system: You are a helpful assistant.
user:
Analyze the provided spectrum to determine if it is a **Carbon Star (C-type)**.

- **Key Visual Indicators of Carbon Star:**
    - **(Primary):** Strong molecular absorption from **C₂ (diatomic carbon) "Swan Bands."** This is the **defining feature** of a carbon star.
        - **(Key Bandheads):** Sharp absorption edges are visible at approximately $5635$ Å, $5165$ Å (the strongest band), and $4737$ Å.
        - **(Line Profile):** Creates a distinct **"saw-tooth"** pattern. The key morphology is a sharp, steep bandhead on the **red (long-wavelength) side**, which then gradually tapers off (i.e., flux recovers) towards the **blue (short-wavelength) side**. *(This is the direct opposite of the TiO bands seen in M-type stars)*.

    - **(Secondary):** Intense **CN (cyanogen)** molecular absorption bands.
        - **(Key Bandheads):** Located in the blue and violet regions of the spectrum (e.g., near $4215$ Å and $3883$ Å).
        - **(Morphology):** These bands are extremely broad and act as a "blanket," absorbing the vast majority of blue and violet light. This creates a characteristic **"cliff"** or **"steep drop-off"** in the spectrum's flux at short wavelengths.

    - **(Key Confirmation):** Strong **CH absorption band (G-band)**.
        - **(Key Bandhead):** Located around $4300$ Å. The contribution from CH molecules to this band is exceptionally strong.

    - **(Overall Spectrum):**
        - The continuum is severely "chopped up" by these deep molecular bands, especially C₂, rather than appearing as a smooth curve.
        - Due to the heavy CN and C₂ absorption in the blue-green, the vast majority of the star's flux is concentrated in the red part of the spectrum, giving the star its characteristic deep red color.

Think first, call **spectral_visualization_tool** if needed to examine features in detail, then provide your final answer. Your response must adhere to the following strict rules:
1.  **Overall Structure:** Your response must follow the format `<think>...</think> <tool_call>...</tool_call> (if a tool is used) <answer>...</answer>`.
2.  **Tool Usage Constraint:** You may only make **one** tool call per turn.
3.  **Final Answer Format:** In the `<answer>` tag, your conclusion must be inside a `\boxed{}` command (e.g., `\boxed{YES}`), followed by your justification.

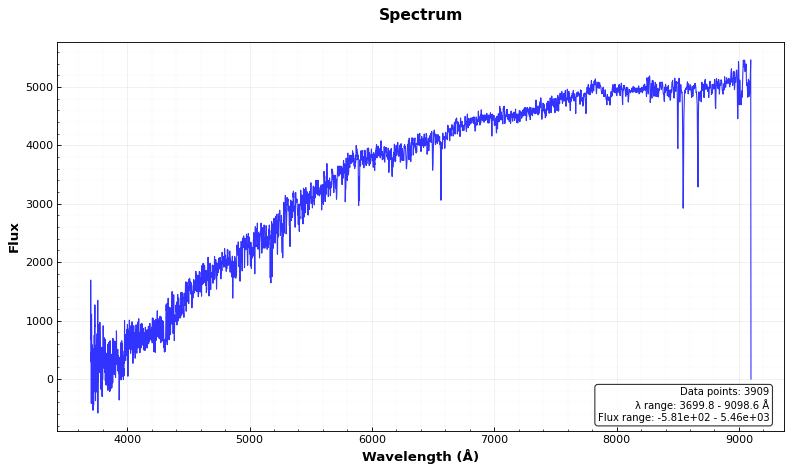
Answer: NO